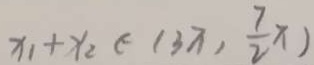
x _ { 1 } + x _ { 2 } \in ( 3 \pi , \frac { 7 } { 2 } x )